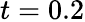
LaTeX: t=0.2